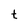
Character: t